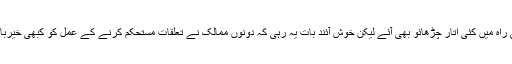
تعلقات کی راہ میں کئی اتار چڑھائو بھی آئے لیکن خوش آئند بات یہ رہی کہ دونوں ممالک نے تعلقات مستحکم کرنے کے عمل کو کبھی خیرباد نہیں کیا۔